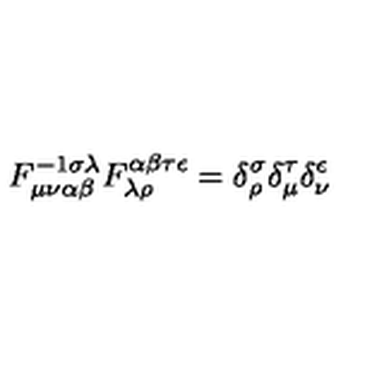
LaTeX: F _ { \mu \nu \alpha \beta } ^ { - 1 \sigma \lambda } F _ { \lambda \rho } ^ { \alpha \beta \tau \epsilon } = \delta _ { \rho } ^ { \sigma } \delta _ { \mu } ^ { \tau } \delta _ { \nu } ^ { \epsilon }